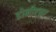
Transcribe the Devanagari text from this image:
डोनीएबर